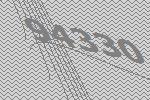
94330